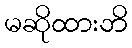
မဆိုထားဘိ